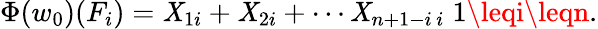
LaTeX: \Phi(w_{0})(F_{i})=\mathit{X}_{1i}+\mathit{X}_{2i}+\cdots\mathit{X}_{n+1-i\, i}\; 1\leqi\leqn.